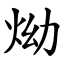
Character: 㶭